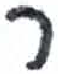
אות: ר